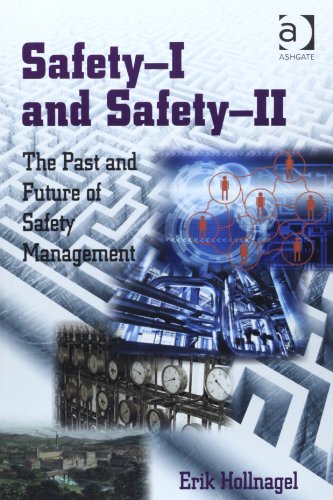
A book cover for Safety-I and Safety-II: The Past and Future of Safety Management; Erik Hollnagel; Business & Money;